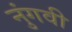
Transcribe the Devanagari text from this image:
नुंगवी